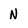
Character: N